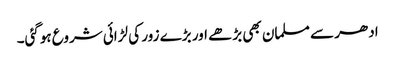
ادھر سے مسلمان بھی بڑھے اور بڑے زور کی لڑائی شروع ہوگئی۔